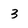
Character: 3